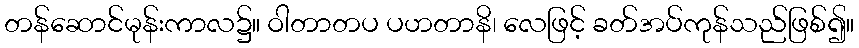
တန်ဆောင်မုန်းကာလ၌။ ဝါတာတပ ပဟတာနိ၊ လေဖြင့် ခတ်အပ်ကုန်သည်ဖြစ်၍။